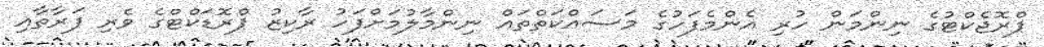
ޕްރޮޖެކްޓުގެ ނިންމަން ހުރި އެންމެފަހުގެ މަސައްކަތްތައް ނިންމާލުމަށްފަހު ރާކިޒު ޕްރޮޑަކްޓްގެ ވެރި ފަރާތާއި